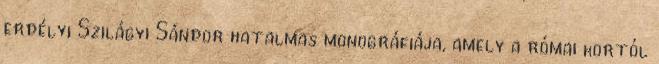
erdélyi Szilágyi Sándor hatalmas monográfiája, amely a római kortól